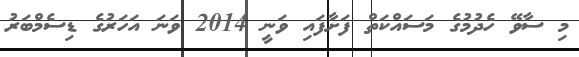
މި ސާވޭ ހެދުމުގެ މަސައްކަތް ފަށާފައި ވަނީ 2014 ވަނަ އަހަރުގެ ޑިސެމްބަރު